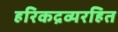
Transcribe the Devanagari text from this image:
हरिकद्रव्यरहित